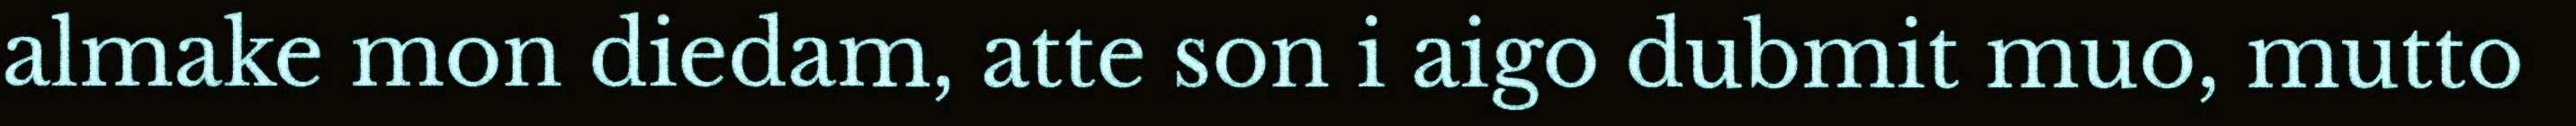
almake mon diedam, atte son i aigo dubmit muo, mutto